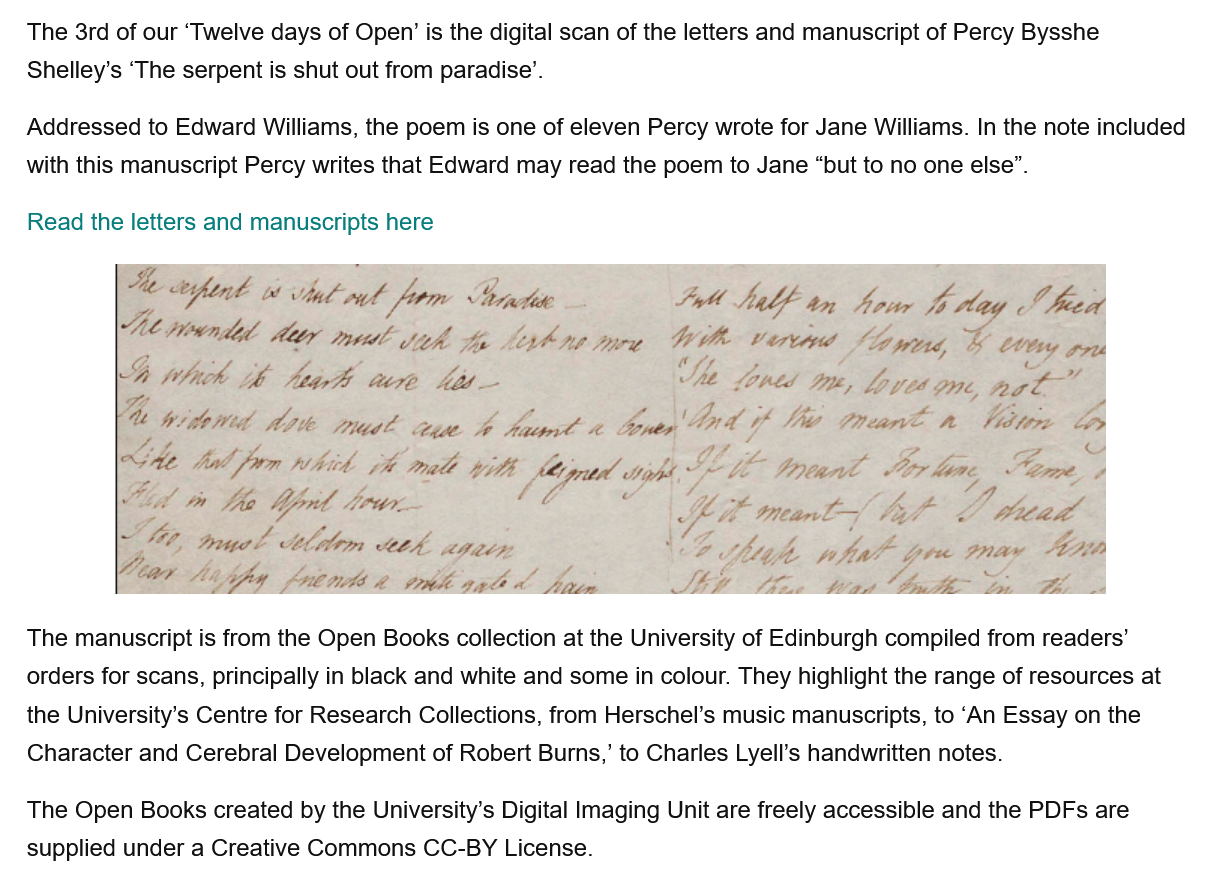
Ftd
     + tat nt fom    Angkor
     She
     We fontd Me,  foes Me,
     ne
     ease    nd   if She  Prean€  n  Kit:
     te
     he
     tal
     fam    whi  A   math vite Jered  sabe
     5
     LEE:   totent  Ar
     hing  Heme,
     Vid  om the Mp    bon    fa F  tnemt-—\ tt    P tced
     “te, er    ellen   teed. peer
     Z
     CA?  fig
   The Open Books created by the University’s Digital Imaging Unit are freely accessible and the PDFs are
   supplied under a Creative Commons CC-BY License.
   Addressed to Edward Williams, the poem is one of eleven Percy wrote for Jane Williams. In the note included
   with this manuscript Percy writes that Edward may read the poem to Jane “but to no one else”.
   The 3rd of our ‘Twelve days of Open’ is the digital scan of the letters and manuscript of Percy Bysshe
   Shelley's ‘The serpent is shut out from paradise’.
   Read the letters and manuscripts here
   The manuscript is from the Open Books collection at the University of Edinburgh compiled from readers’
   orders for scans, principally in black and white and some in colour. They highlight the range of resources at
   the University’s Centre for Research Collections, from Herschel’s music manuscripts, to ‘An Essay on the
   Character and Cerebral Development of Robert Burns,’ to Charles Lyell’s handwritten notes.